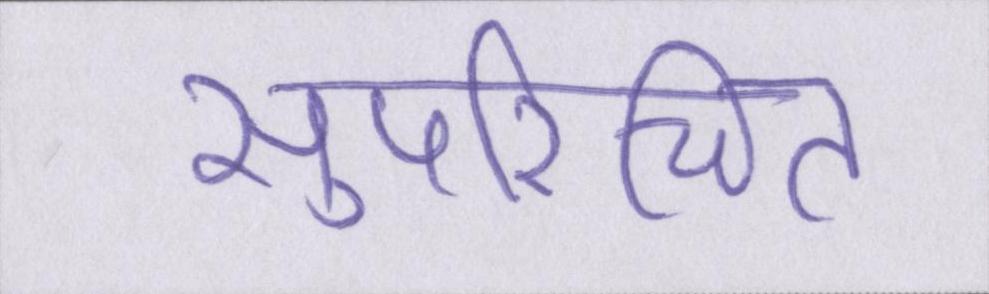
सुपरिचित